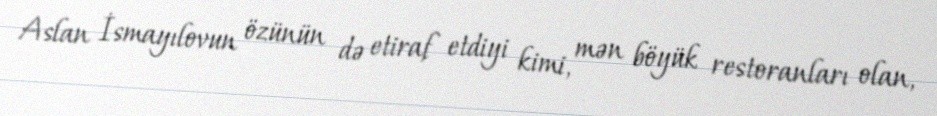
Aslan İsmayılovun özünün də etiraf etdiyi kimi, mən böyük restoranları olan,